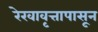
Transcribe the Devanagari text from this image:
रेखावृत्तापासून